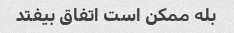
بله ممکن است اتفاق بیفتد